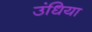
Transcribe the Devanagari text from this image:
उंधिया